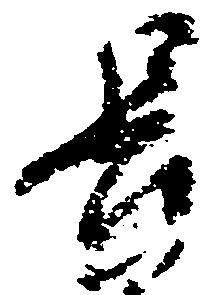
長